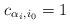
LaTeX: \begin{align*}c_{\alpha_i,i_0}=1\end{align*}